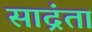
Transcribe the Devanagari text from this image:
साद्रंता